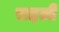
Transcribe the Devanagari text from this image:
राइली